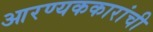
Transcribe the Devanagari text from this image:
आरण्यककारांची